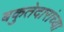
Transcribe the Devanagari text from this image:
बकुतेदारांच्या